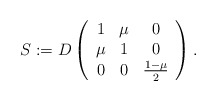
\begin{align*}S := D \left(\begin{array}{ccc}1 & \mu & 0 \\\mu & 1 & 0 \\0 & 0 & \tfrac{1 - \mu}{2}\end{array}\right).\end{align*}